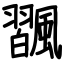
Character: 飁